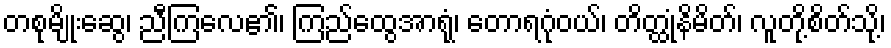
တစုမျိုးဆွေ၊ ညီကြလေ၏၊ ကြည်ထွေအာရုံ၊ တောရဂုံဝယ်၊ တိတ္ထုံနိမိတ်၊ လူတို့စိတ်သို့၊